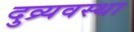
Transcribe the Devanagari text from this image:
दुव्र्यवस्था